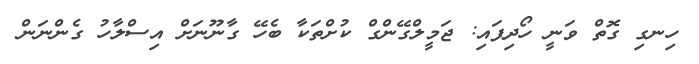
ހިނގި ގޮތް ވަނީ ހޯދިފައި: ޖަމީލްގޭންގް ކުށްތަކާ ބެހޭ ގާނޫނަށް އިސްލާހު ގެންނަން